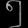
Digit: ၅